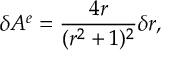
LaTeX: \delta A ^ { e } = { \frac { 4 r } { ( r ^ { 2 } + 1 ) ^ { 2 } } } \delta r ,